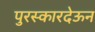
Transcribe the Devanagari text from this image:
पुरस्कारदेऊन